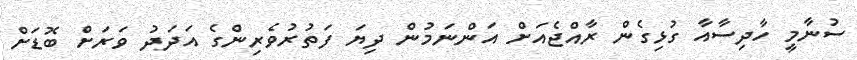
ސުނާމީ ހާދިސާއާ ގުޅިގެން ރާއްޖެއަށް އަންނަމުން ދިޔަ ފަތުރުވެރިންގެ އަދަދު ވަރަށް ބޮޑަށް